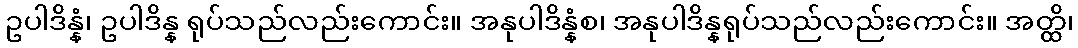
ဥပါဒိန္နံ၊ ဥပါဒိန္န ရုပ်သည်လည်းကောင်း။ အနုပါဒိန္နံစ၊ အနုပါဒိန္နရုပ်သည်လည်းကောင်း။ အတ္ထိ၊